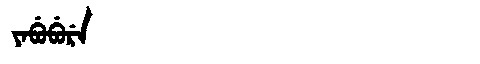
Manchu: ᠶᠠᠪᡠᠪᡠᡵᡝ
Romanization: YABUBURE